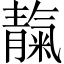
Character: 靝